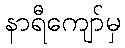
နာရီကျော်မှ